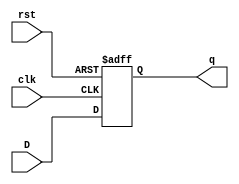
`timescale 1ns / 1ps
//Positive edge triggered D Flip Flop with asynch reset and a 2:1 mux
module dff(
    input D, //Input
    input rst, //Active High Reset
    input clk, //Clock 
    output reg q //Output
    );
    
    always @(posedge clk or posedge rst) begin
        if(rst) q<=0;
        else q<=D;
    end
    
endmodule